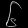
Digit: ၆